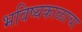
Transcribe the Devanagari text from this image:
भविष्यकाळाचा